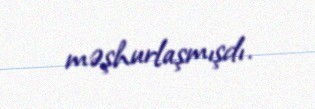
məşhurlaşmışdı.